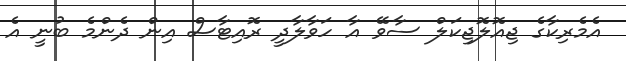
އެމެރިކާގެ ޖިއޮލޮޖިކަލް ސާވޭ އާ ހަވާލާދީ ރޮއިޓާސް އިން ދެންމެ ބުނީ އެ